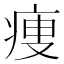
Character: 痩